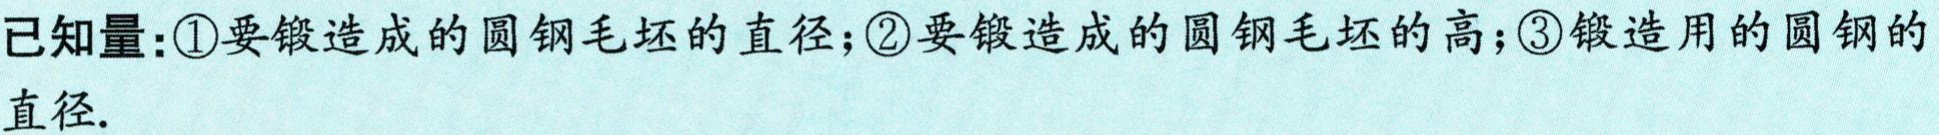
已知量:\textcircled{1}要锻造成的圆钢毛坯的直径;\textcircled{2}要锻造成的圆钢毛坯的高;\textcircled{3}锻造用的圆钢的直径.